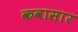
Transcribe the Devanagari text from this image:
कवासार